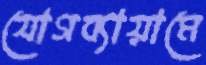
যোগব্যায়ামে